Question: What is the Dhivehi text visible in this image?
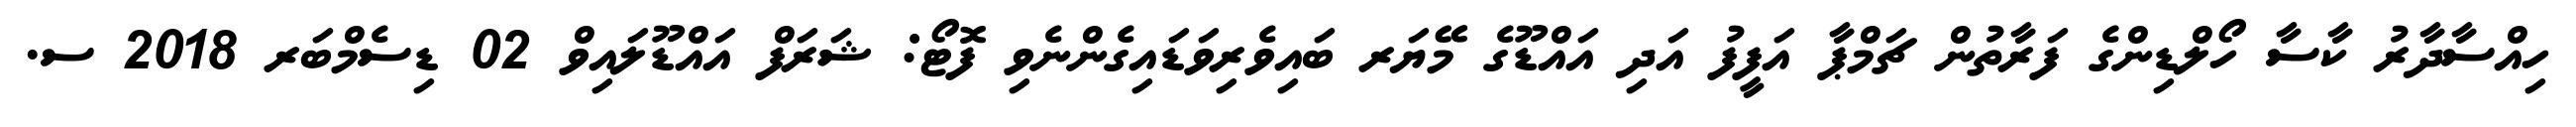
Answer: ހިއްސާދާރު ކާސާ ހޯލްޑިންގެ ފަރާތުން ޗަމްޕާ އަފީފު އަދި އައްޑޫގެ މޭޔަރ ބައިވެރިވަޑައިގެންނެވި ފޮޓޯ: ޝަރަފް އައްޑޫލައިވް 02 ޑިސެމްބަރ 2018 ސ.